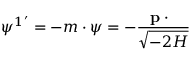
\psi ^ { 1 ^ { \prime } } = - m \cdot \psi = - \frac { { \bf p \cdot \psi } } { \sqrt { - 2 H } }